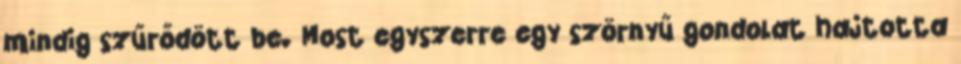
mindig szűrődött be. Most egyszerre egy szörnyű gondolat hajtotta